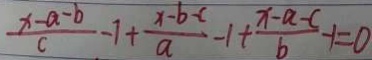
\frac { x - a - b } { c } - 1 + \frac { x - b - c } { a } - 1 + \frac { x - a - c } { b } - 1 = 0